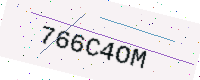
Text: 766C4OM